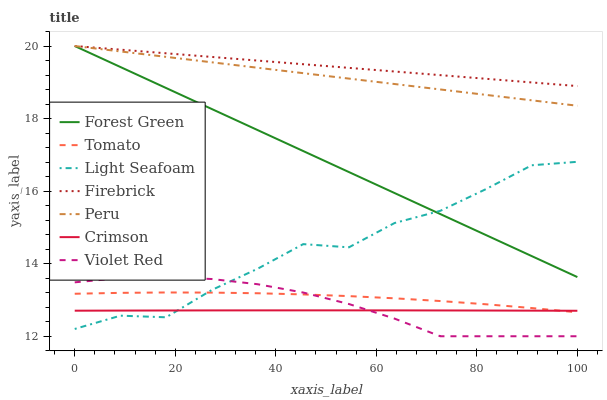
| xaxis_label | Forest Green | Tomato | Light Seafoam | Firebrick | Peru | Crimson | Violet Red |
 | --- | --- | --- | --- | --- | --- | --- | --- |
 | 0 | 20 | 13.2 | 12.2 | 20 | 20 | 12.7 | 13.5 |
 | 9.09 | 19.4 | 13.2 | 12.6 | 19.9 | 19.9 | 12.7 | 13.6 |
 | 18.2 | 18.8 | 13.2 | 12.5 | 19.8 | 19.7 | 12.7 | 13.6 |
 | 27.3 | 18.3 | 13.2 | 13.3 | 19.7 | 19.6 | 12.7 | 13.6 |
 | 36.4 | 17.7 | 13.2 | 13.9 | 19.6 | 19.4 | 12.7 | 13.4 |
 | 45.5 | 17.1 | 13.2 | 14.5 | 19.5 | 19.3 | 12.7 | 13.2 |
 | 54.5 | 16.5 | 13.1 | 14.5 | 19.4 | 19.1 | 12.7 | 12.9 |
 | 63.6 | 15.9 | 13 | 15.1 | 19.3 | 19 | 12.7 | 12.5 |
 | 72.7 | 15.4 | 13 | 15.5 | 19.2 | 18.8 | 12.7 | 12 |
 | 81.8 | 14.8 | 12.9 | 16.1 | 19.1 | 18.7 | 12.7 | 12 |
 | 90.9 | 14.2 | 12.8 | 16.7 | 19 | 18.5 | 12.7 | 12 |
 | 100 | 13.6 | 12.7 | 16.8 | 18.9 | 18.4 | 12.7 | 12 |